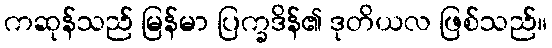
ကဆုန်သည် မြန်မာ ပြက္ခဒိန်၏ ဒုတိယလ ဖြစ်သည်။